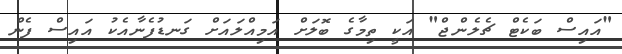
"އައިސް ބަކެޓް ޗެލެންޖް" އަކީ ތިމާގެ ބޮލަށް އަމިއްލައަށް ގަނޑުފެނާއެކު އައިސް ފެން